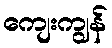
ကျေးကျွန်